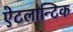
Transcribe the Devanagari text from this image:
ऐटलान्टिक